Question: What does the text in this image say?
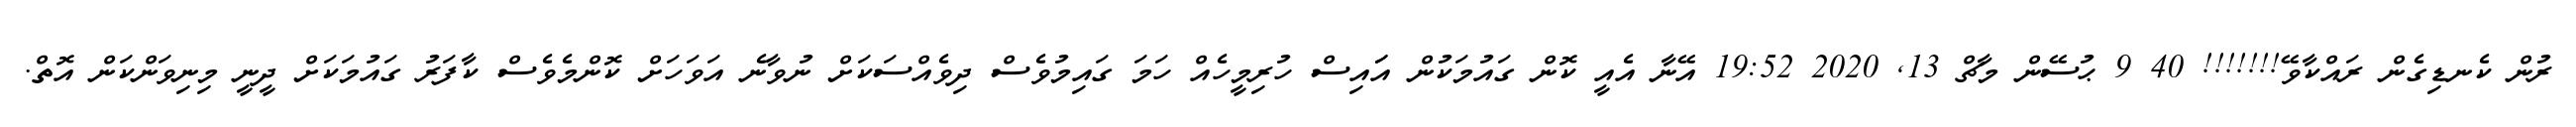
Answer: ރުން ކެނޑިގެން ރައްކާވޭ!!!!!!! 40 9 ޙުސޭން މާޗް 13, 2020 19:52 އޭނާ އެއީ ކޮން ގައުމަކުން އަައިސް ހުރިމީހެއް ހަމަ ގައިމުވެސް ދިވެއްސަކަށް ނުވާނެ އަވަހަށް ކޮންމެވެސް ކާފަރު ގައުމަކަށް ދީނީ މިނިވަންކަން އޮތް.